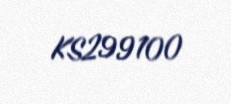
KS299100